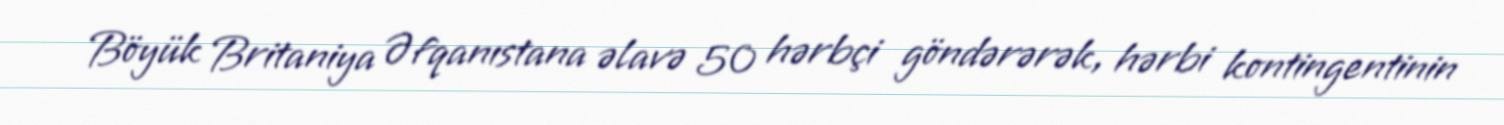
Böyük Britaniya Əfqanıstana əlavə 50 hərbçi göndərərək, hərbi kontingentinin